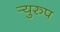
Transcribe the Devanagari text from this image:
र्‍युरुप